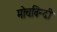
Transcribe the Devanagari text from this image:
मोचबिन्दी